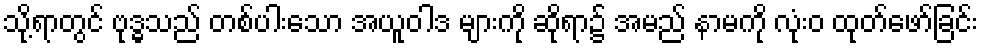
သို့ရာတွင် ဗုဒ္ဓသည် တစ်ပါးသော အယူဝါဒ များကို ဆိုရာ၌ အမည် နာမကို လုံးဝ ထုတ်ဖော်ခြင်း